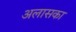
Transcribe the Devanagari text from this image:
अलासका